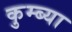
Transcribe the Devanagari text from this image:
कुम्ब्या